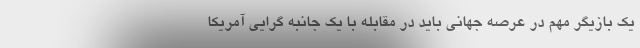
یک بازیگر مهم در عرصه جهانی باید در مقابله با یک جانبه گرایی آمریکا